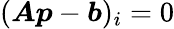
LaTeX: ({\boldsymbol{A}}{\boldsymbol{p}}-{\boldsymbol{b}})_{i}=0